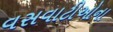
વસવાટીઓના